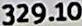
329.10